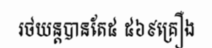
រថយន្តបានតែ៥ ៥៦៩គ្រឿង